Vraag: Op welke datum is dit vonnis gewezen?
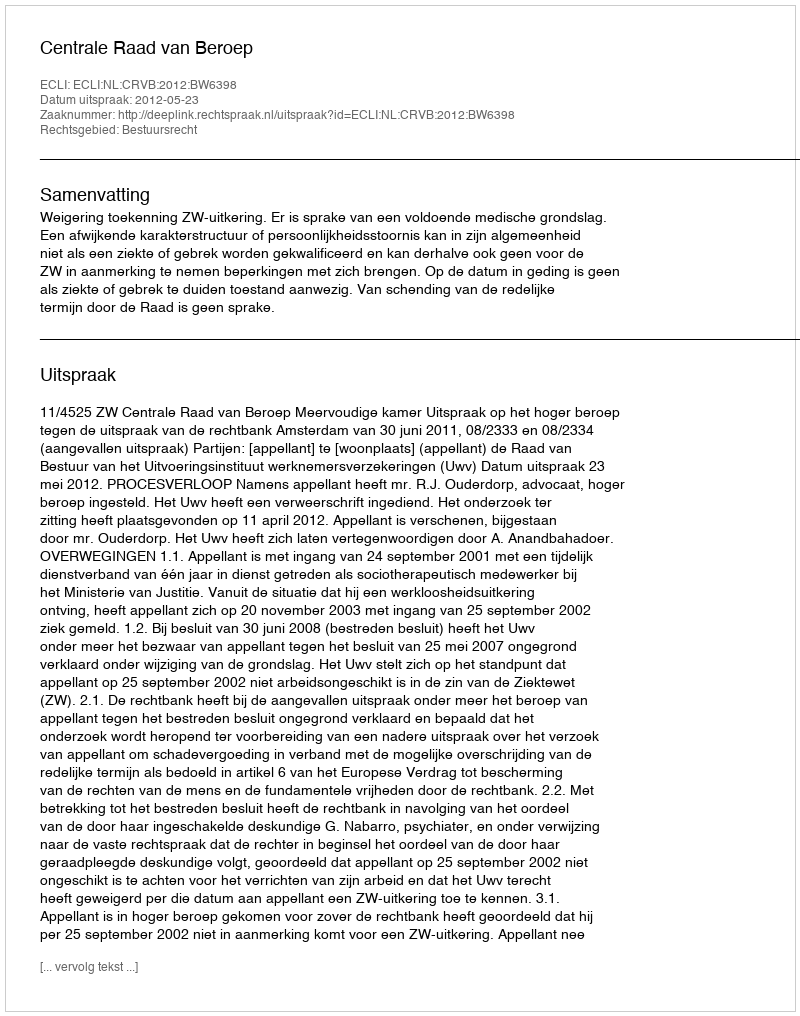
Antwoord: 2012-05-23